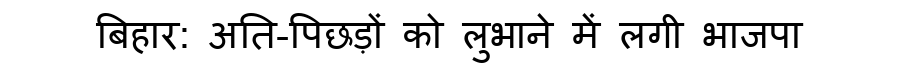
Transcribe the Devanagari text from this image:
बिहार: अति-पिछड़ों को लुभाने में लगी भाजपा